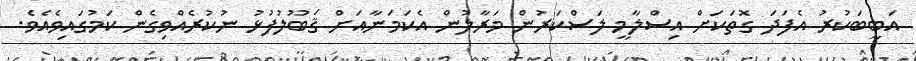
އަބީބަކުރު އެފަދަ ގޮތަކަށް އިސްލާމީ ލަސްކަރުން މަރާލުން އެކަމަނާއަށް ޤަބޫލުފުޅު ނުކުރެއްވިގެން ކަމުގައިވެއެވެ.